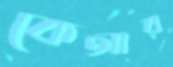
কেআর